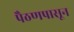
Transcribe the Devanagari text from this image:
पैठणपासून